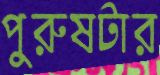
পুরুষটার